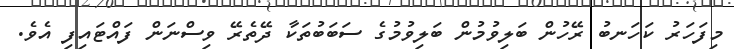
މިފަހަރު ކަހަނބު ރޭހުން ބަލިވުމުން ބަލިވުމުގެ ސަބަބުތަކާ ދޭތެރޭ ވިސްނަން ފައްޓައިފި އެވެ.